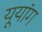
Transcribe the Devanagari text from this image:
यूयांग